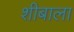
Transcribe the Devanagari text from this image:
शीबाला